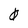
Character: 0